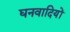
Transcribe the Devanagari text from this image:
घनवादियों